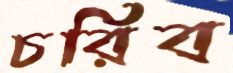
চরিব